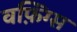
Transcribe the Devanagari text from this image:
वफ़िंग्स